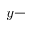
y -